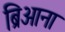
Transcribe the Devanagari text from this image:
ब्रिआना